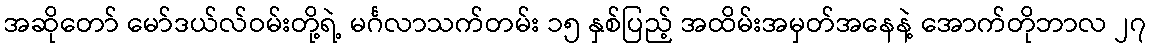
အဆိုတော် မော်ဒယ်လ်ဝမ်းတို့ရဲ့ မင်္ဂလာသက်တမ်း ၁၅ နှစ်ပြည့် အထိမ်းအမှတ်အနေနဲ့ အောက်တိုဘာလ ၂၇